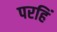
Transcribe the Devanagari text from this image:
परहिं